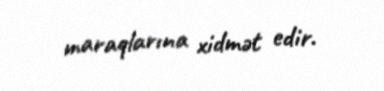
maraqlarına xidmət edir.